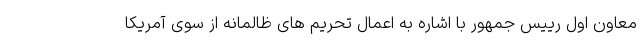
معاون اول رییس جمهور با اشاره به اعمال تحریم های ظالمانه از سوی آمریکا